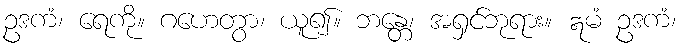
ဥဒကံ၊ ရေကို။ ဂဟေတွာ၊ ယူ၍။ ဘန္တေ၊ အရှင်ဘုရား။ ဣမံ ဥဒကံ၊